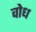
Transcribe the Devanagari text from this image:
वोध